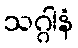
သဂ္ဂါနံ